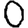
Digit: 0